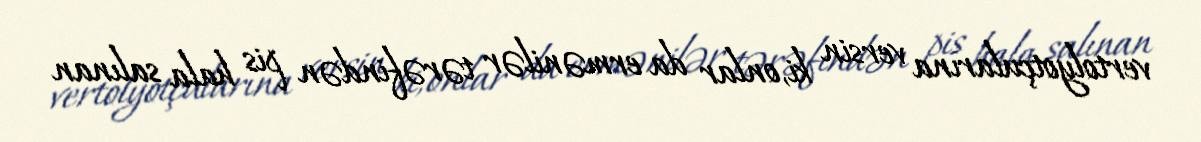
vertolyotçularına versin ki, onlar da ermənilər tərəfindən pis hala salınan